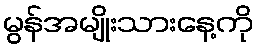
မွန်အမျိုးသားနေ့ကို